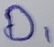
Text: D1